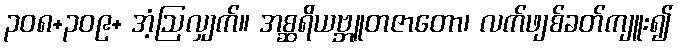
၃၀၈+၃၀၉+ အံ့ဩလျှက်။ အစ္ဆရိယဗ္ဘူတဇာတော၊ လက်ဖျစ်ခတ်ကျူး၍